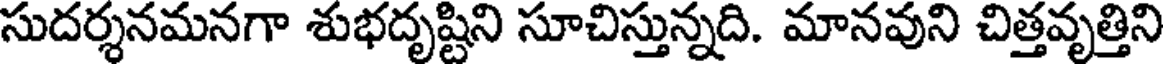
సుదర్శనమనగా శుభదృష్టిని సూచిస్తున్నది. మానవుని చిత్తవృత్తిని